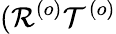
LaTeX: (\mathcal{R}^{\left(o\right)}\mathcal{T}^{\left(o\right)}